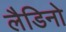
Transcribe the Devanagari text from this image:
लैडिनो